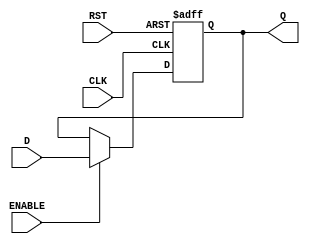
module DataRegister #(
    parameter WIDTH = 8  // Parameter to define the width of the Data Input and Output
)(
    input  wire [WIDTH-1:0] D,      // Data Input
    input  wire CLK,                  // Clock Signal
    input  wire RST,                  // Reset Signal
    input  wire ENABLE,               // Enable Signal (Optional)
    output reg  [WIDTH-1:0] Q         // Data Output
);

    // Sequential logic for the Data Register
    always @(posedge CLK or posedge RST) begin
        if (RST) begin
            Q <= {WIDTH{1'b0}}; // Asynchronous reset to zero
        end else if (ENABLE) begin
            Q <= D;             // Capture data on clock edge if ENABLE is high
        end
        // If ENABLE is low, Q retains its previous value
    end

endmodule